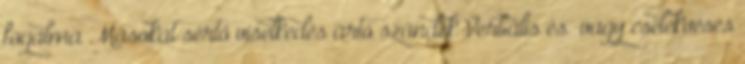
fogalma Másokat sértő viselkedés ártó szándék Verbális és vagy cselekvéses